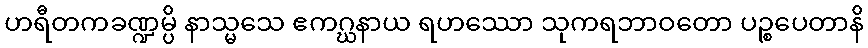
ဟရီတကခဏ္ဍမ္ပိ နာသ္မသေ ဧကဂ္ဃနာယ ရဟဿော သုကရဘာဝတော ပဉ္စပေတာနိ